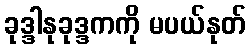
ခုဒ္ဒါနုခုဒ္ဒကကို မပယ်နုတ်